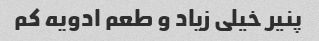
پنیر خیلی زیاد و طعم ادویه کم